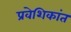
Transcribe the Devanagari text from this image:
प्रवेशिकांत